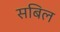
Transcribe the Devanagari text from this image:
सबिल